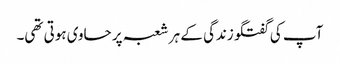
آپ کی گفتگو زندگی کے ہر شعبہ پر حاوی ہوتی تھی۔